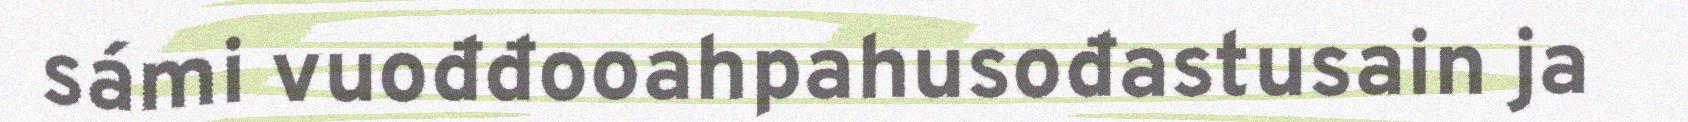
sámi vuođđooahpahusođastusain ja